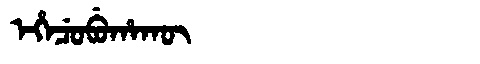
Manchu: ᡝᡥᡝᠴᡠᠪᡠᡥᠠᡴᡡ
Romanization: EHECUBUHAKŪ